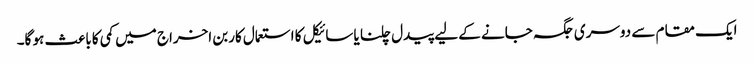
ایک مقام سے دوسری جگہ جانے کے لیے پیدل چلنا یا سائیکل کا استعمال کاربن اخراج میں کمی کا باعث ہو گا۔